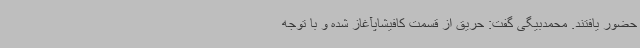
حضور یافتند. محمدبیگی گفت: حریق از قسمت کافیشاپآغاز شده و با توجه